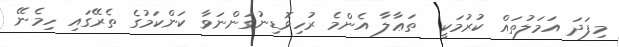
މިފަދަ އަމަލުތައް ކުރުމަކީ  ތަޢާލާ އެންމެ ރުހިވޮޑިނުގަންނަވާ ކަންކަމުގެ ތެރޭގައި ހިމެނޭ